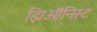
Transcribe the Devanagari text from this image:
झिऑनिस्ट